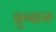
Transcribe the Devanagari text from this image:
दुन्दास